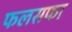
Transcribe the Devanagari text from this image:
फलसफा